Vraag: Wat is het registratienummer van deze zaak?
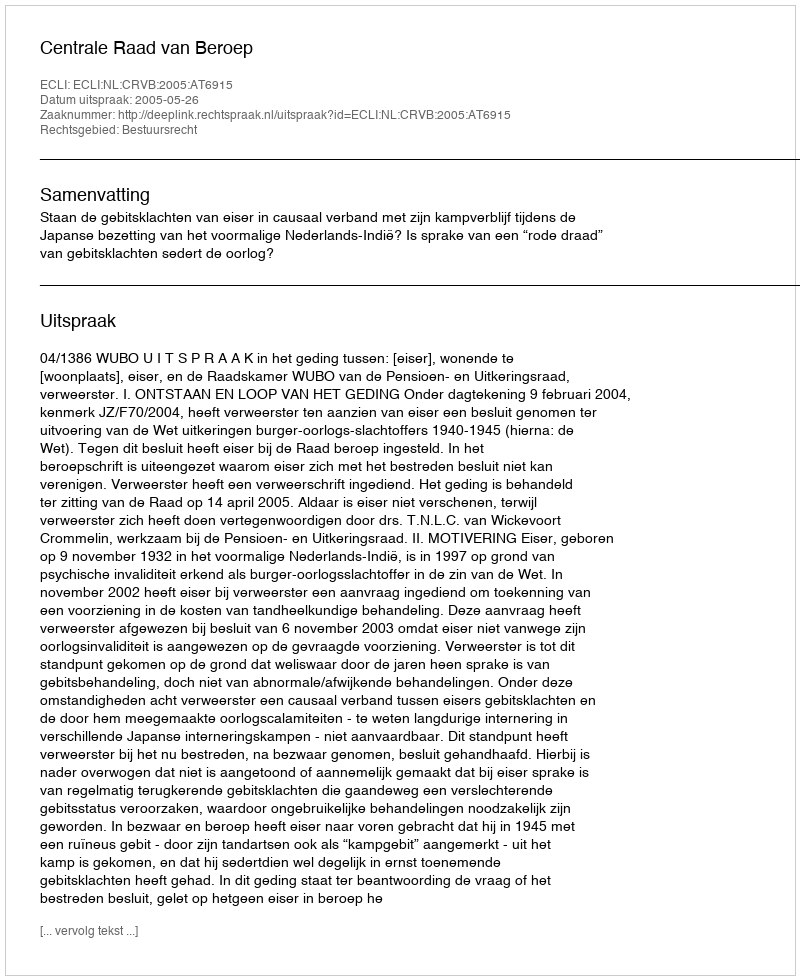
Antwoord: http://deeplink.rechtspraak.nl/uitspraak?id=ECLI:NL:CRVB:2005:AT6915